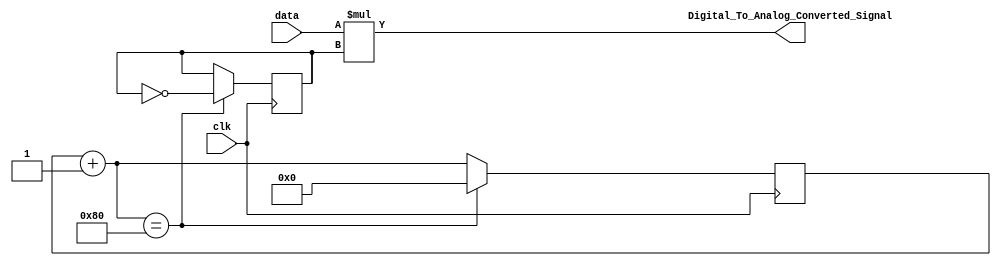
`timescale 1ns/1ns

module DAC(input clk, input [7 : 0]data, output [7 : 0]Digital_To_Analog_Converted_Signal);

reg pwm;
reg [7 : 0]up_count;
initial begin
pwm = 0;
up_count = 8'b0;
end

always @(posedge clk)begin
    up_count = up_count + 1;
    if(up_count == 128)begin
      pwm = ~pwm;
      up_count = 0;
    end
end

assign Digital_To_Analog_Converted_Signal = data * pwm;

endmodule